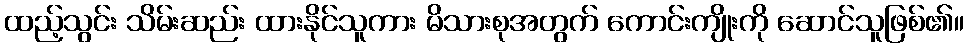
ထည့်သွင်း သိမ်းဆည်း ထားနိုင်သူကား မိသားစုအတွက် ကောင်းကျိုးကို ဆောင်သူဖြစ်၏။